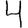
Digit: 4